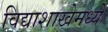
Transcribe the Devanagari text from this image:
विद्याशाखेमध्ये